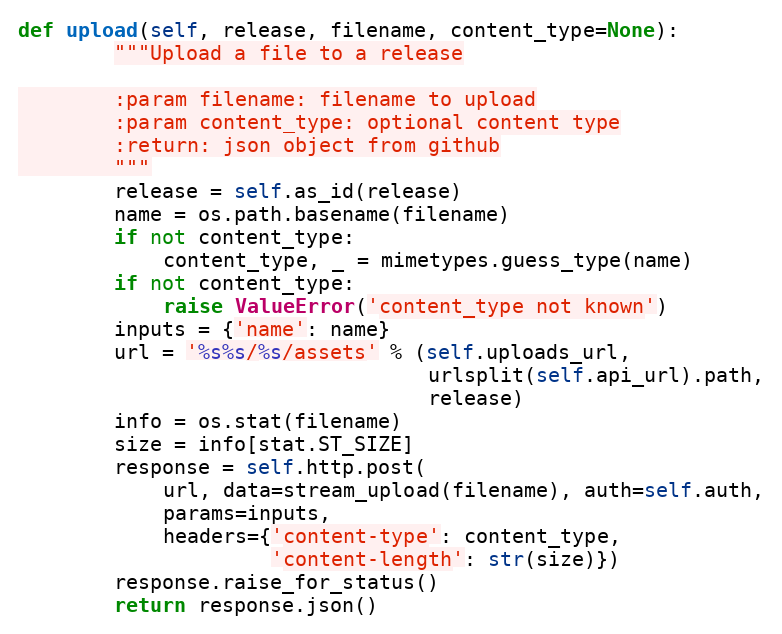
Language: Python
def upload(self, release, filename, content_type=None):
        """Upload a file to a release

        :param filename: filename to upload
        :param content_type: optional content type
        :return: json object from github
        """
        release = self.as_id(release)
        name = os.path.basename(filename)
        if not content_type:
            content_type, _ = mimetypes.guess_type(name)
        if not content_type:
            raise ValueError('content_type not known')
        inputs = {'name': name}
        url = '%s%s/%s/assets' % (self.uploads_url,
                                  urlsplit(self.api_url).path,
                                  release)
        info = os.stat(filename)
        size = info[stat.ST_SIZE]
        response = self.http.post(
            url, data=stream_upload(filename), auth=self.auth,
            params=inputs,
            headers={'content-type': content_type,
                     'content-length': str(size)})
        response.raise_for_status()
        return response.json()